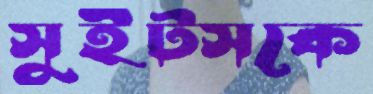
সুইটসকে